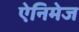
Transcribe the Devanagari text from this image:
ऐनिमेज